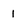
Character: 1